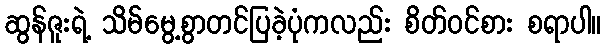
ဆွန်ဇူးရဲ့ သိမ်မွေ့စွာတင်ပြခဲ့ပုံကလည်း စိတ်ဝင်စား စရာပါ။